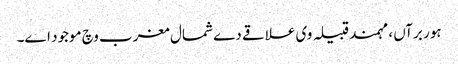
ہور برآں ، مہمند قبیلہ وی علاقے دے شمال مغرب وچ موجود ا‏‏ے۔